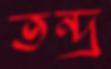
তন্দ্র